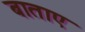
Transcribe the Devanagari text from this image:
बाताए